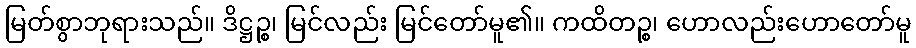
မြတ်စွာဘုရားသည်။ ဒိဋ္ဌဉ္စ၊ မြင်လည်း မြင်တော်မူ၏။ ကထိတဉ္စ၊ ဟောလည်းဟောတော်မူ